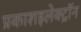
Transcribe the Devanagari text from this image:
प्रकाशइलेक्ट्रॉन